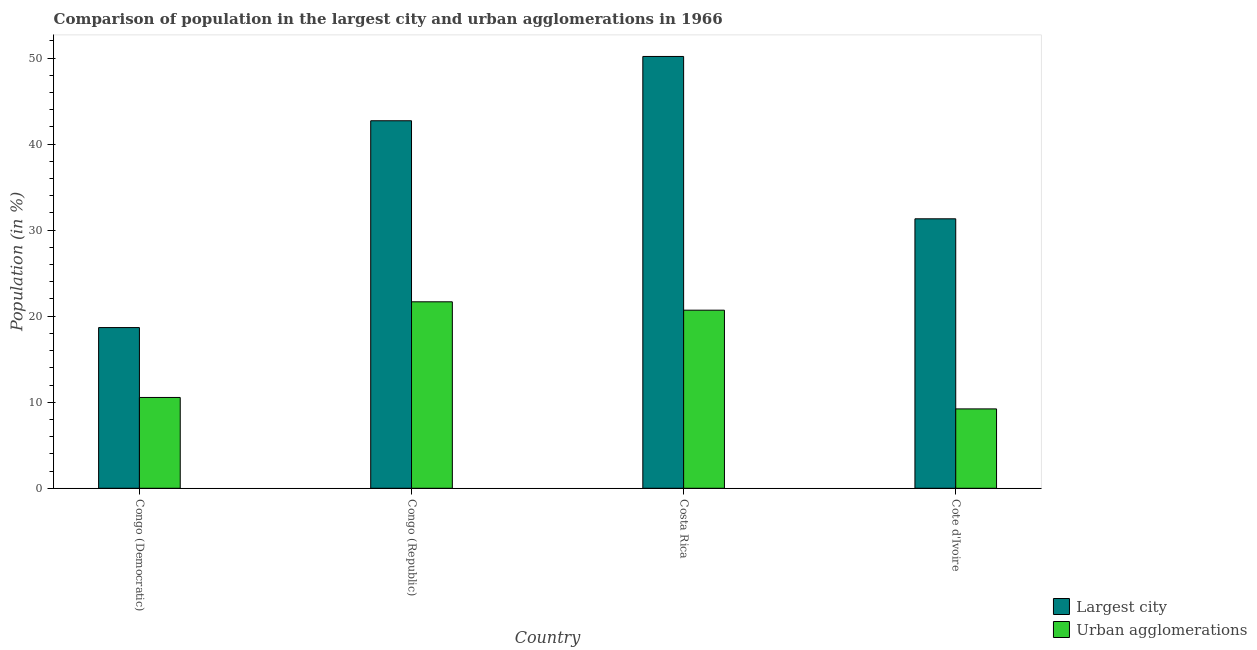
| Country | Largest city | Urban agglomerations |
 | --- | --- | --- |
 | Congo (Democratic) | 18.7 | 10.6 |
 | Congo (Republic) | 42.7 | 21.7 |
 | Costa Rica | 50.2 | 20.7 |
 | Cote d'Ivoire | 31.3 | 9.23 |